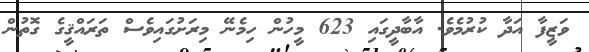
ވަޒީފާ އަދާ ކުރުމެވެ. އާބާދީގައި 623 މީހުން ހިމެނޭ މިރަށުގައިވެސް ތަރައްޤީގެ ގޮތުން